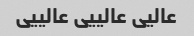
عالیی عالییی عالییی